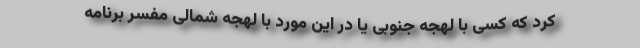
کرد که کسی با لهجه جنوبی یا در این مورد با لهجه شمالی مفسر برنامه‌